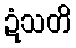
ဍံသတိ